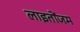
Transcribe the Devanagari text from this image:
लाइतोंजम